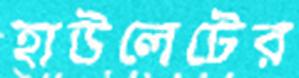
হাউলেটের